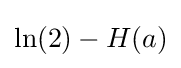
\ln(2)-H(a)